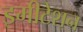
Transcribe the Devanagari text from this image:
इमीटेशन